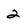
Character: 2